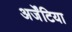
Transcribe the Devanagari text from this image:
अर्जेंटिया